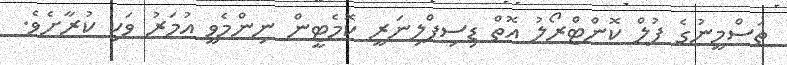
ތަސްމީނުގެ ފުލް ކޮންޓްރޯލު އޮތް ޑިސިޕްލިނަރީ ކޮމެޓީން ނިންމެވީ އުމަރު ވަކި ކުރާށެވެ.